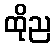
ထိုည